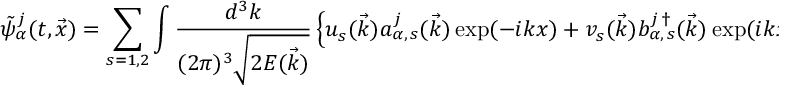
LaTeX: \tilde { \psi } _ { \alpha } ^ { j } ( t , \vec { x } ) = \sum _ { s = 1 , 2 } \int \frac { d ^ { 3 } k } { ( 2 \pi ) ^ { 3 } \sqrt { 2 E ( \vec { k } ) } } \left\{ u _ { s } ( \vec { k } ) a _ { \alpha , \, s } ^ { j } ( \vec { k } ) \exp ( - i k x ) + v _ { s } ( \vec { k } ) b _ { \alpha , \, s } ^ { j \, \dagger } ( \vec { k } ) \exp ( i k x ) \right\} ,